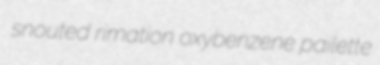
snouted rimation oxybenzene pailette